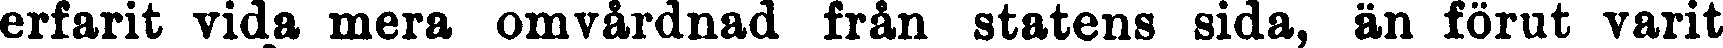
erfarit vida mera omvårdnad från statens sida, än förut varit